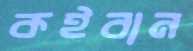
কইবান